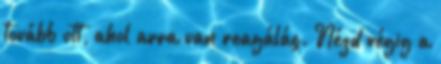
tovább ott, ahol arra van reagálás. Nézd végig a